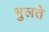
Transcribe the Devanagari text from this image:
भुलते